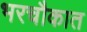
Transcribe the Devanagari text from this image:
भरचौकात